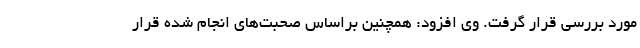
مورد بررسی قرار گرفت. وی افزود: همچنین براساس صحبت‌های انجام شده قرار